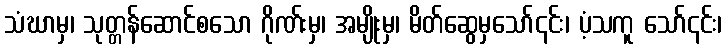
သံဃာမှ၊ သုတ္တန်ဆောင်စသော ဂိုဏ်းမှ၊ အမျိုးမှ၊ မိတ်ဆွေမှသော်၎င်း၊ ပံ့သကူ သော်၎င်း၊